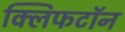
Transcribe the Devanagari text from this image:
क्लिफटॉन